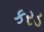
કરડ